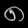
Digit: ၈